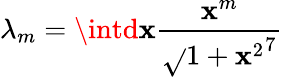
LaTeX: \lambda_{m}=\intd\mathbf{x}\frac{{\mathbf{x}^{m}}}{{\sqrt{}{{1+\mathbf{x}^{2}}}^{7}}}